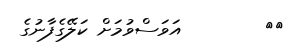
٥٤        އަވަސްވުމަށް ކަލޭގެފާނުގެ